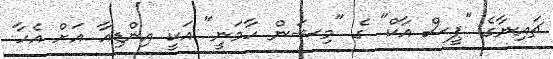
ޗައިނާގެ "ޕީސް އާކް" ގެ "މިޝަން ހާމަނީ" އަކީ އިންޑިއާ އަށް އެހާ